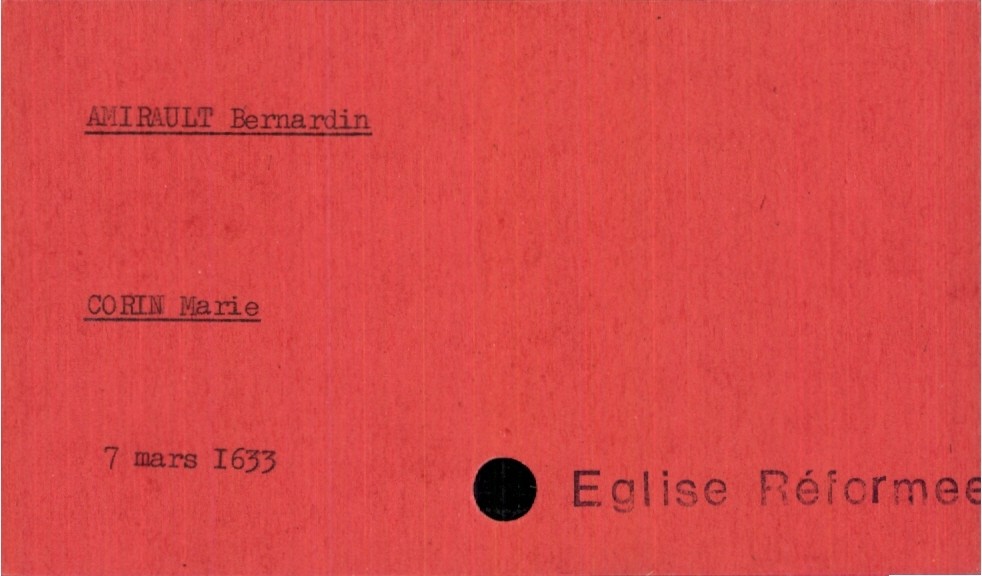
type_acte: Mariage
année: 1633
mois: mars
jour: 7
observations: Eglise Réformee
marié_nom: Amirault
marié_prénom: Bernardin
mariée_nom: Corin
mariée_prénom: Marie